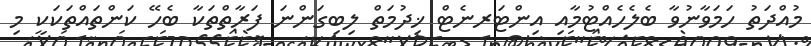
މުއްދަތު ހަމަވާނުވާ ބެލެހެއްޓުމާއި އިންޓަރނެޓް ޚިދުމަތް ލިބިގަންނަ ފަރާތްތަކާ ބެހޭ ކަންތައްތަކަކީ މި